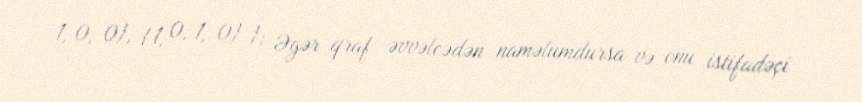
1, 0, 0}, {1, 0, 1, 0} }; Əgər qraf əvvəlcədən naməlumdursa və onu istifadəçi